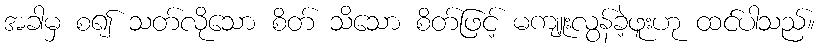
အခါမှ စ၍ သတ်လိုသော စိတ် သိသော စိတ်ဖြင့် မကျူးလွန်ခဲ့ဖူးဟု ထင်ပါသည်။